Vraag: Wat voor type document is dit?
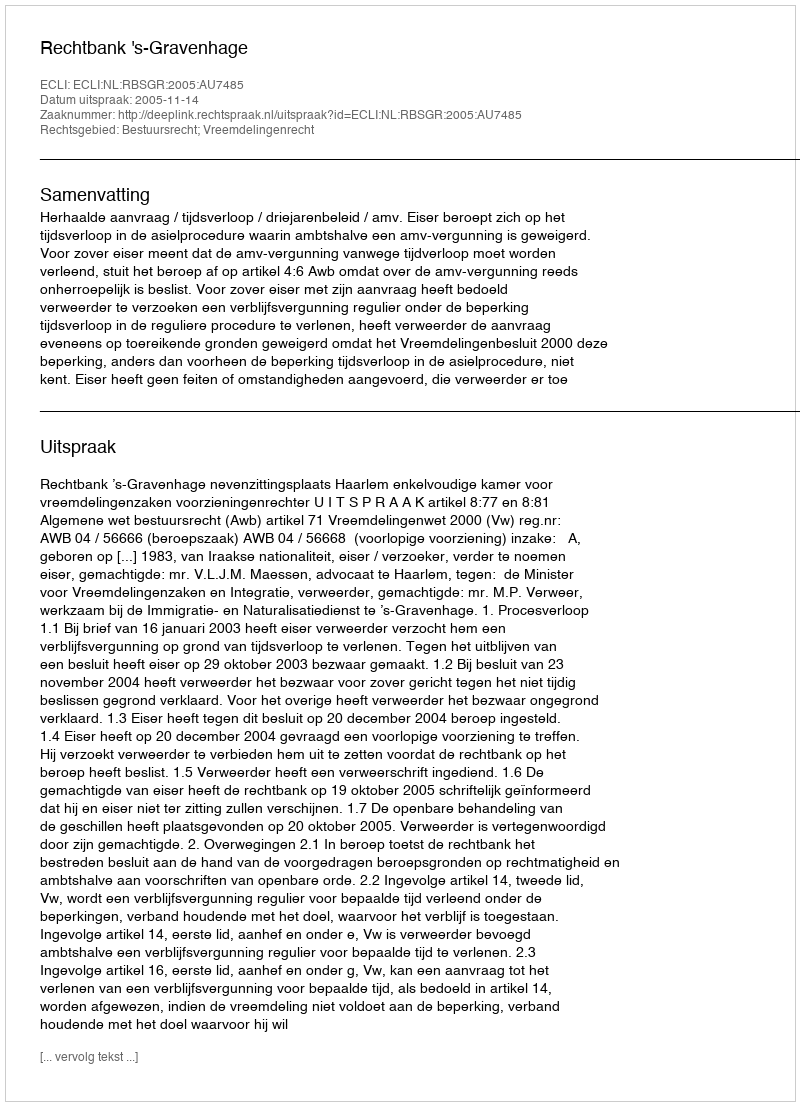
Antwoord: Uitspraak